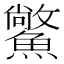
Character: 𩻪